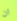
ان